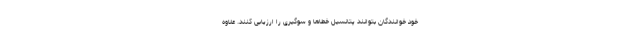
خود خوانندگان بتوانند پتانسیل خطاها و سوگیری را ارزیابی کنند. علاوه